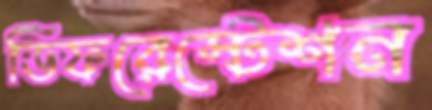
ডিফরেস্টেশন